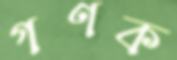
গণক